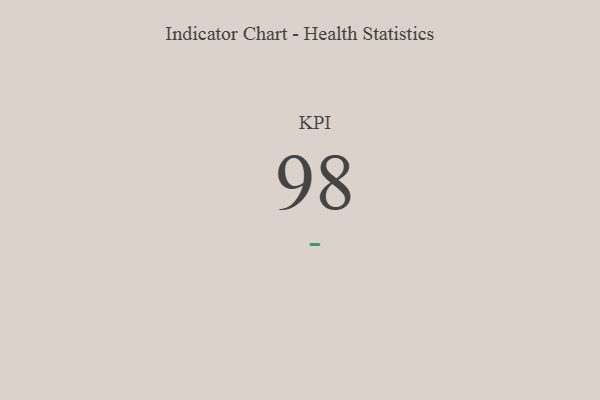
{"axis": {"x": "KPI", "y": "Value"}, "legend": [""], "data": [{"x": "KPI", "y": 98, "type": ""}]}